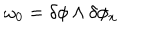
\omega _ { 0 } = \delta \phi \wedge \delta \phi _ { x }